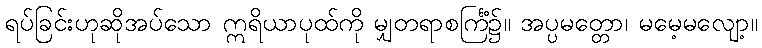
ရပ်ခြင်းဟုဆိုအပ်သော ဣရိယာပုထ်ကို မျှတရာစင်္ကြံ၌။ အပ္ပမတ္တော၊ မမေ့မလျော့။